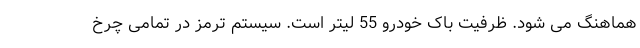
هماهنگ می شود. ظرفیت باک خودرو 55 لیتر است. سیستم ترمز در تمامی چرخ